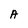
Character: A